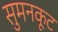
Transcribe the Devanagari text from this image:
सुमनकूट